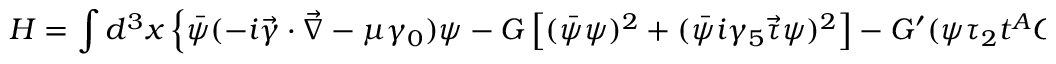
H = \int d ^ { 3 } x \left\{ \bar { \psi } ( - i \vec { \gamma } \cdot \vec { \nabla } - \mu \gamma _ { 0 } ) \psi - G \left[ ( \bar { \psi } \psi ) ^ { 2 } + ( \bar { \psi } i \gamma _ { 5 } \vec { \tau } \psi ) ^ { 2 } \right] - G ^ { \prime } ( \psi \tau _ { 2 } t ^ { A } C \gamma _ { 5 } \psi ) ^ { \dagger } ( \psi \tau _ { 2 } t ^ { A } C \gamma _ { 5 } \psi ) \right\}